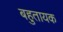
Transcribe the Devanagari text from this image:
बहुतायक